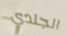
الجلدي